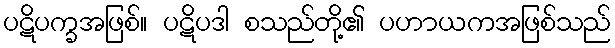
ပဋိပက္ခအဖြစ်။ ပဋိပဒါ စသည်တို့၏ ပဟာယကအဖြစ်သည်